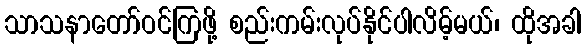
သာသနာတော်ဝင်ကြဖို့ စည်းကမ်းလုပ်နိုင်ပါလိမ့်မယ်၊ ထိုအခါ